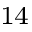
^ { 1 4 }